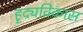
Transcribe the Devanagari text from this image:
हृद्यविकास